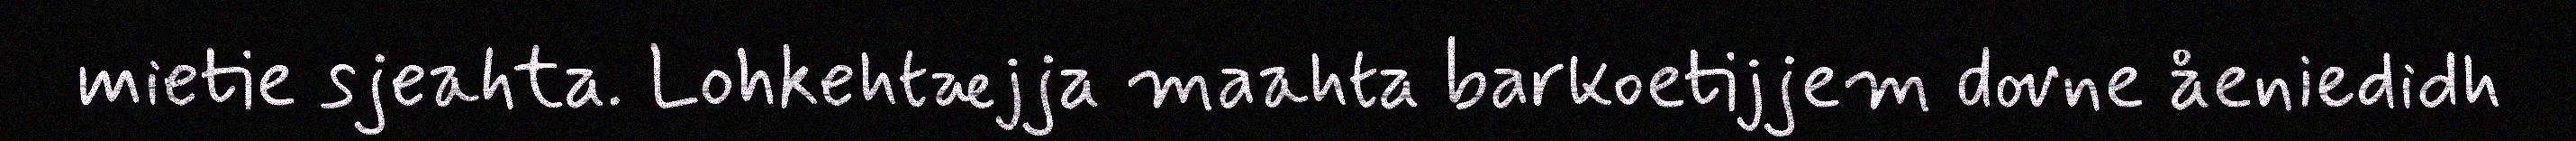
mietie sjeahta. Lohkehtæjja maahta barkoetijjem dovne åeniedidh